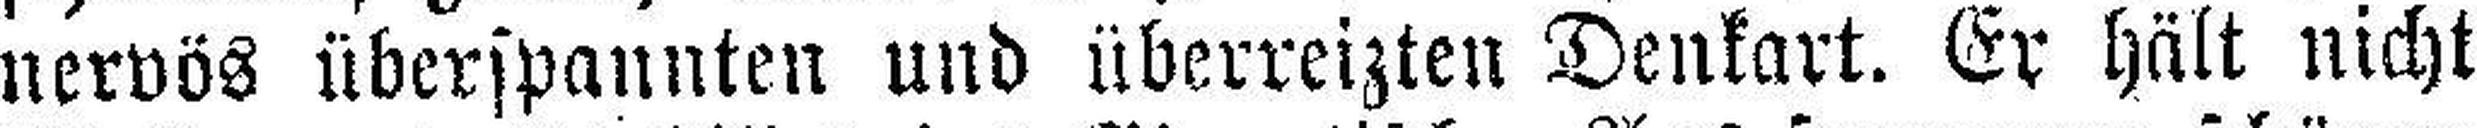
nervös überspannten und überreizten Denkart. Er hält nicht